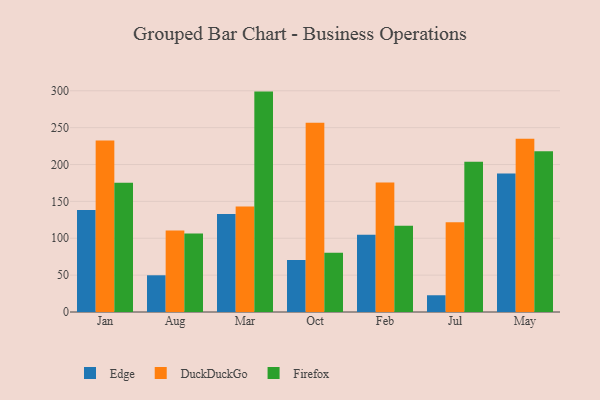
{"axis": {"x": "Month", "y": "Active Users"}, "legend": ["DuckDuckGo", "Edge", "Firefox"], "data": [{"x": "Jan", "y": 138.3, "type": "Edge"}, {"x": "Jan", "y": 232.7, "type": "DuckDuckGo"}, {"x": "Jan", "y": 175.3, "type": "Firefox"}, {"x": "Aug", "y": 49.8, "type": "Edge"}, {"x": "Aug", "y": 110.4, "type": "DuckDuckGo"}, {"x": "Aug", "y": 106.5, "type": "Firefox"}, {"x": "Mar", "y": 132.8, "type": "Edge"}, {"x": "Mar", "y": 143.1, "type": "DuckDuckGo"}, {"x": "Mar", "y": 298.9, "type": "Firefox"}, {"x": "Oct", "y": 70.4, "type": "Edge"}, {"x": "Oct", "y": 256.8, "type": "DuckDuckGo"}, {"x": "Oct", "y": 80.4, "type": "Firefox"}, {"x": "Feb", "y": 104.7, "type": "Edge"}, {"x": "Feb", "y": 175.5, "type": "DuckDuckGo"}, {"x": "Feb", "y": 117.1, "type": "Firefox"}, {"x": "Jul", "y": 22.7, "type": "Edge"}, {"x": "Jul", "y": 121.6, "type": "DuckDuckGo"}, {"x": "Jul", "y": 203.6, "type": "Firefox"}, {"x": "May", "y": 187.7, "type": "Edge"}, {"x": "May", "y": 235.0, "type": "DuckDuckGo"}, {"x": "May", "y": 218.1, "type": "Firefox"}]}